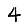
Digit: 4